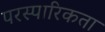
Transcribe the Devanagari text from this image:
परस्पारिकता